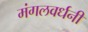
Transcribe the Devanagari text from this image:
मंगलवर्धनी